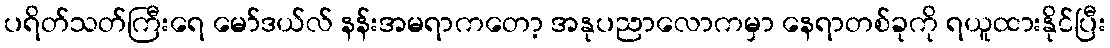
ပရိတ်သတ်ကြီးရေ မော်ဒယ်လ် နန်းအမရာကတော့ အနုပညာလောကမှာ နေရာတစ်ခုကို ရယူထားနိုင်ပြီး